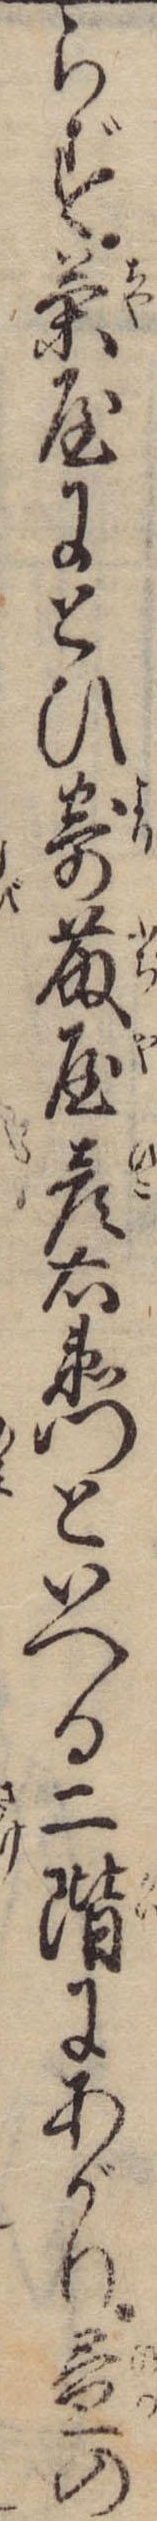
らず茶屋にとひ寄藤屋彦右衛門といへる二階にあがり昼の